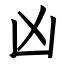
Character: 凶